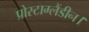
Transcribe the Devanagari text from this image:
प्रोस्टाग्लैंडीन।